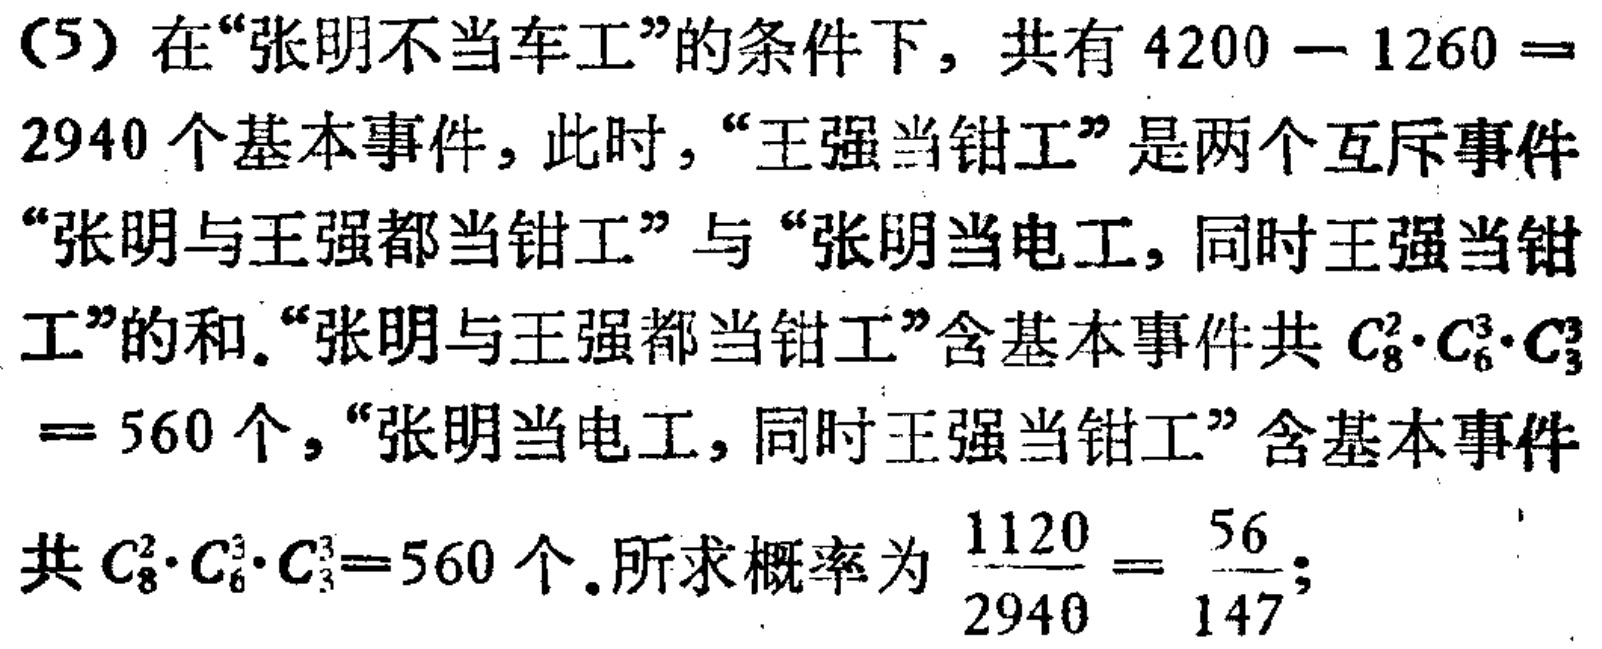
（5）在“张明不当车工”的条件下，共有\(4200 - 1260 = 2940\)个基本事件，此时，“王强当钳工”是两个互斥事件“张明与王强都当钳工”与“张明当电工，同时王强当钳工”的和。“张明与王强都当钳工”含基本事件共\(C_{8}^{2}\cdot C_{6}^{3}\cdot C_{3}^{3}= 560\)个，“张明当电工，同时王强当钳工”含基本事件共\(C_{8}^{2}\cdot C_{6}^{3}\cdot C_{3}^{3}=560\)个。所求概率为\(\frac{1120}{2940}=\frac{56}{147}\)；